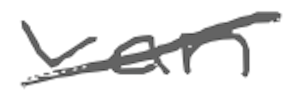
Text: van
Cross-out: diagonal
Writing tool: digital_gray